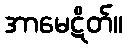
အာမေဋိတ်။